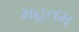
મહતમ